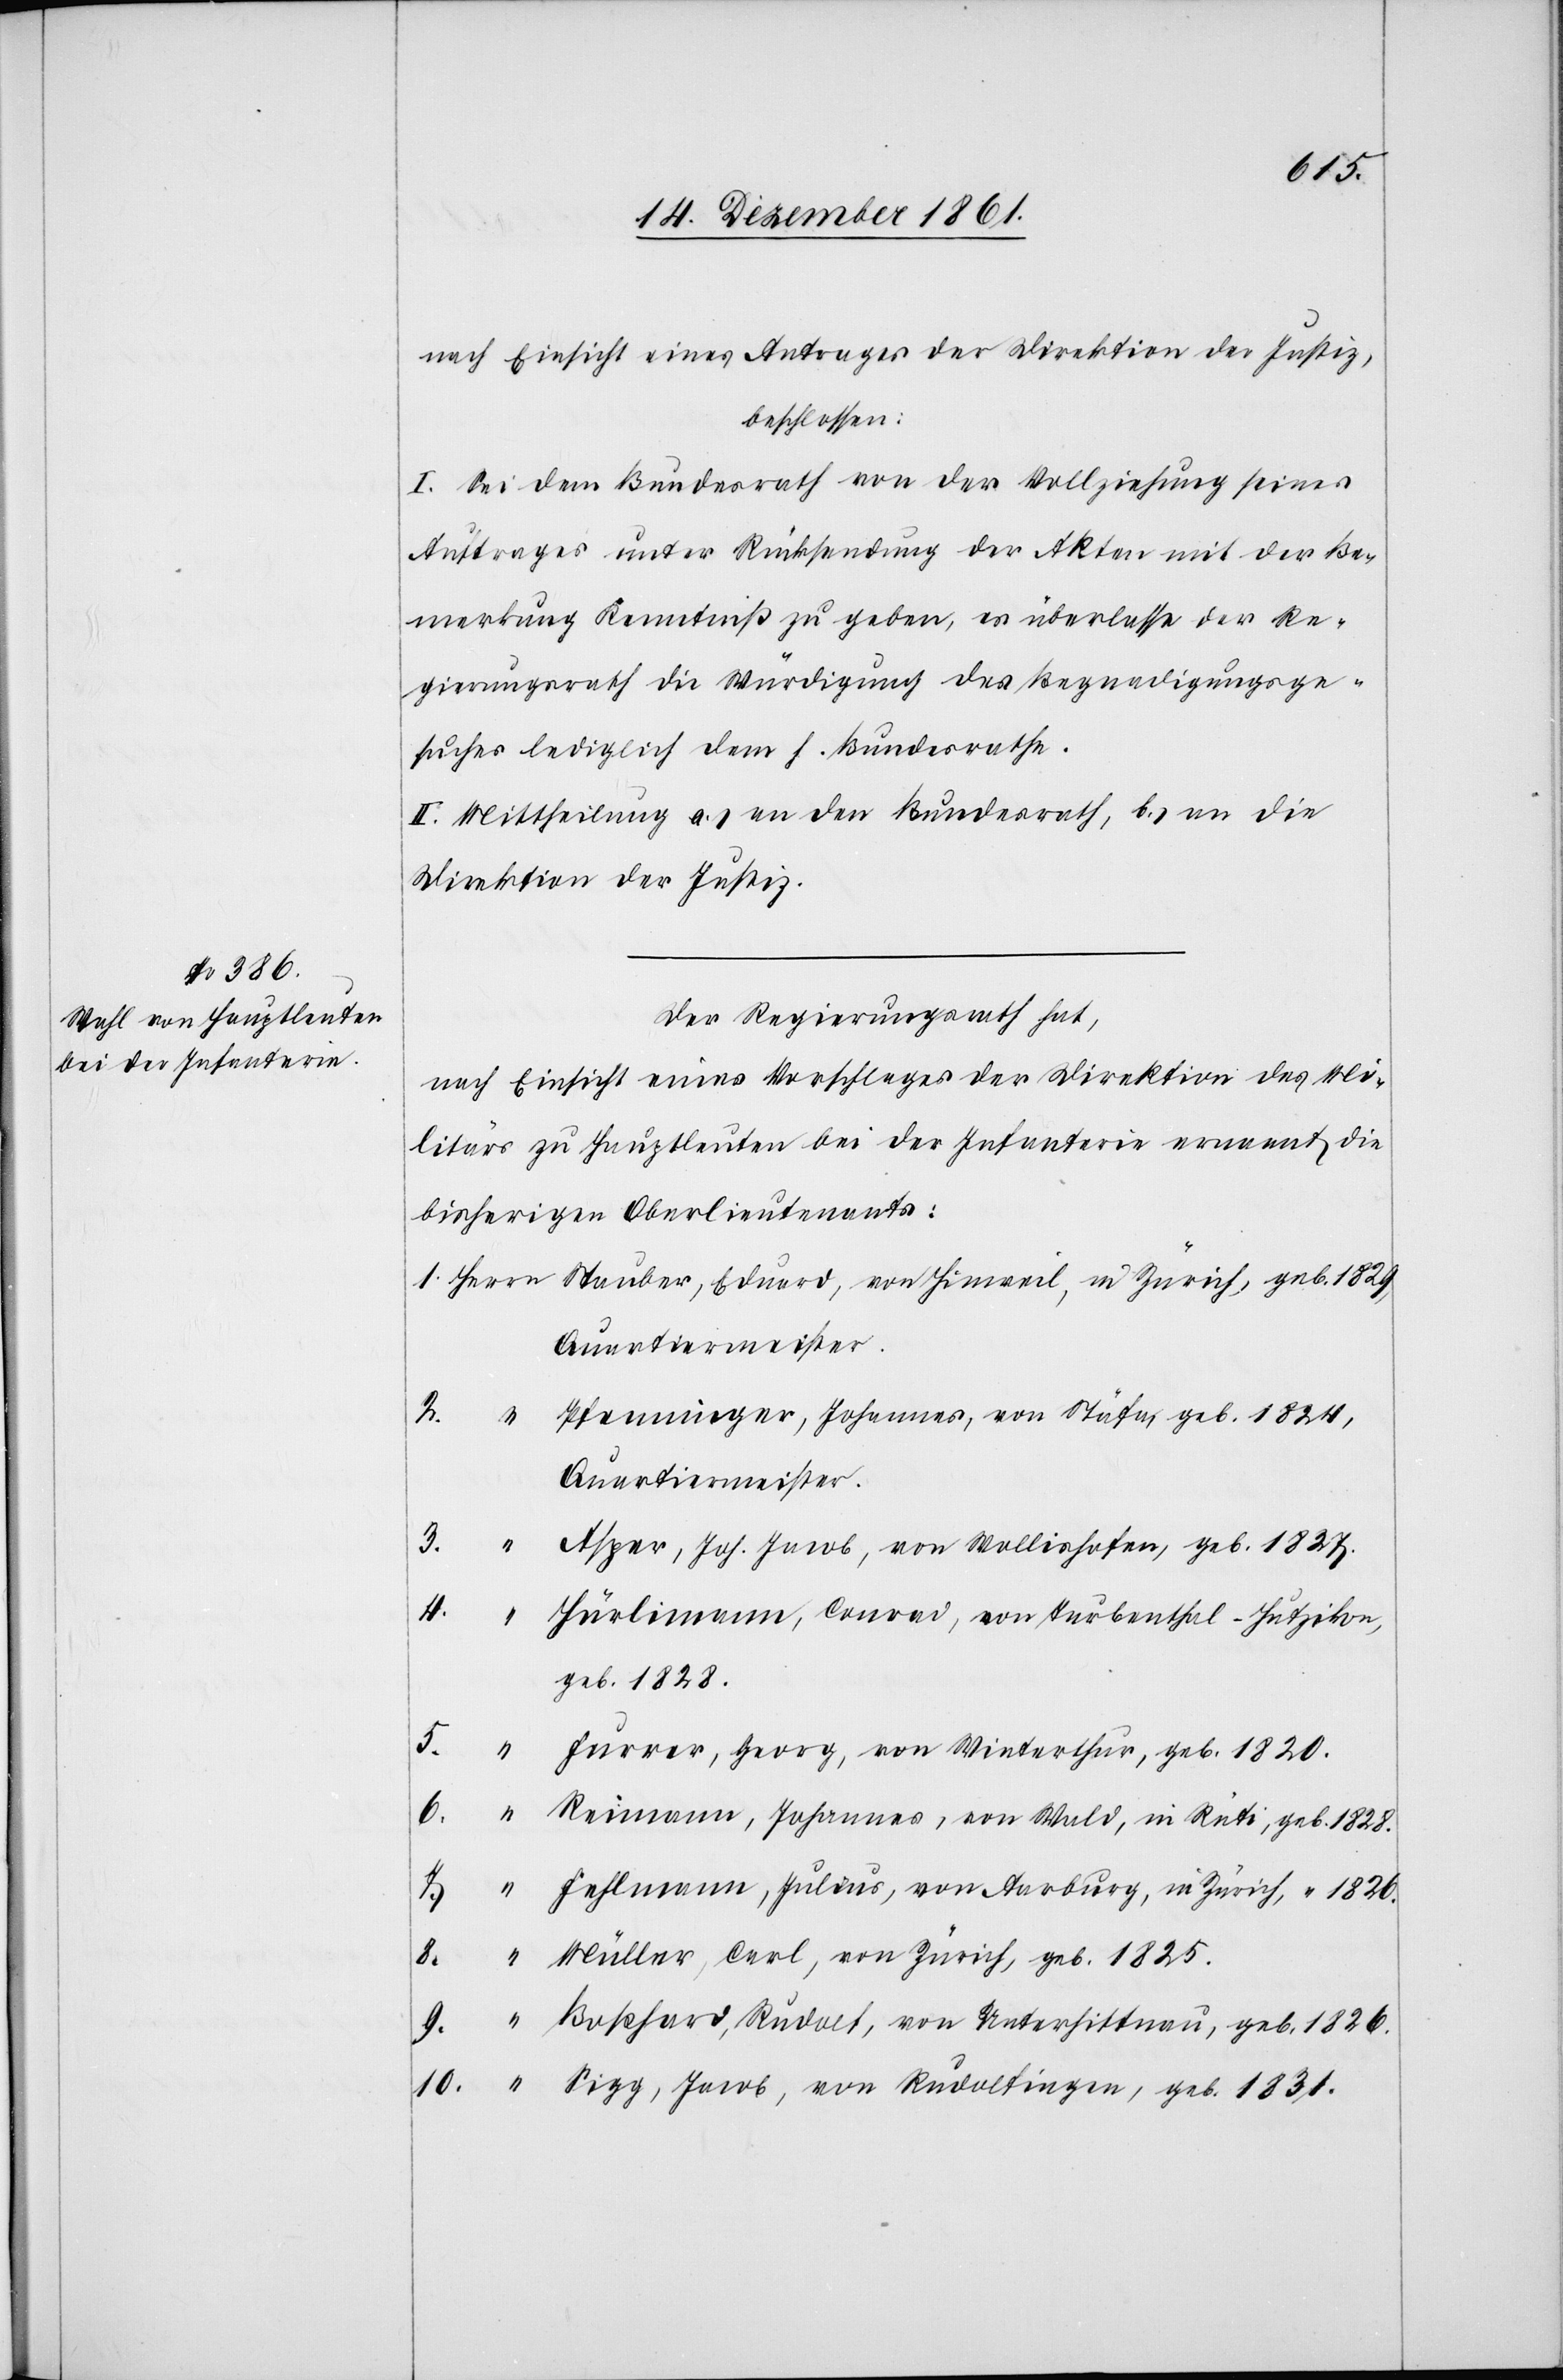
nach Einsicht eines Antrages der Direktion der Justiz,
beschlossen:
I. Sei dem Bundesrath von der Vollziehung seines
Auftrages unter Rücksendung der Akten mit der Be¬
merkung Kenntniß zu geben, es überlasse der Re¬
gierungsrath die Würdigung des Begnadigungsge¬
suches lediglich dem h. Bundesrathe.
II. Mittheilung a.) an den Bundesrath, b.) an die
Direktion der Justiz.
Der Regierungsrath hat,
nach Einsicht eines Vorschlages der Direktion des Mi¬
litärs zu Hauptleuten bei der Infanterie ernannt die
bisherigen Oberlieutnants:
1. Herrn	Stauber, Eduard, von Hinweil, in Zürich, geb. 1829,
“		P¬
fenninger, Johannes, von Stäfa geb. 1824,
Quartiermeister.
3. “		Asper, Joh. Jacob, von Wollishofen, geb. 1827.
4.
“		Hürlimann, Conrad, von Turbenthal-Hutzikon,
geb. 1828.
5. “		Furrer, Georg, von Winterthur, geb. 1820.
6. “		Reimann, Johannes, von Wald, in Rüti, geb. 1828.
7. “		Fehlmann, Julius, von Aarburg, in Zürich, “ 1826.
8.
“		Müller, Carl, von Zürich, geb. 1825.
“		Boßhard, Rudolf, von Unterhittnau, geb. 1826.
10. “		Sigg, Jacob, von Rudolfingen, geb. 1831.